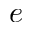
e